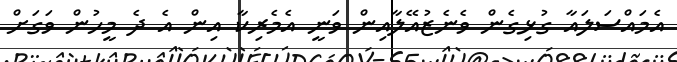
އެމައްސަލައާ ގުޅިގެން ވެނެޒުއޭލާއިން ވަނީ އެމެރިކާ އިން އެ ދެ މީހުން ވަގަށް